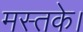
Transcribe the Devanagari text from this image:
मस्तके।